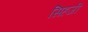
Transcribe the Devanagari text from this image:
सिहजी